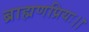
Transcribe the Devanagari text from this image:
ब्राह्मणप्रियः।।